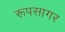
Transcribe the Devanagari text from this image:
रूपसागर